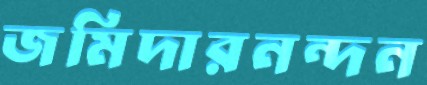
জমিদারনন্দন